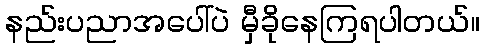
နည်းပညာအပေါ်ပဲ မှီခိုနေကြရပါတယ်။